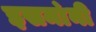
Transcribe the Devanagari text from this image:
इसमा॓नी